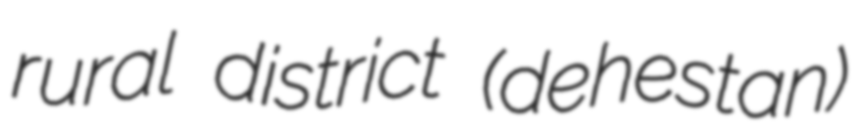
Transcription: rural district (dehestan)